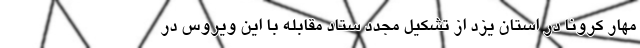
مهار کرونا در استان یزد از تشکیل مجدد ستاد مقابله با این ویروس در